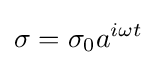
\sigma =\sigma _{0}a^{i\omega t}